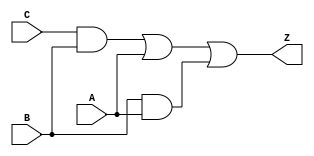
module simple_circuit
(A,B,C,Z);
input A,B,C;
output Z;
wire w1,w2,w3;
and g1(w1,C,B);
or g2(w2,w1,A);
and g3(w3,B,A);
or g4(Z,w2,w3);
endmodule